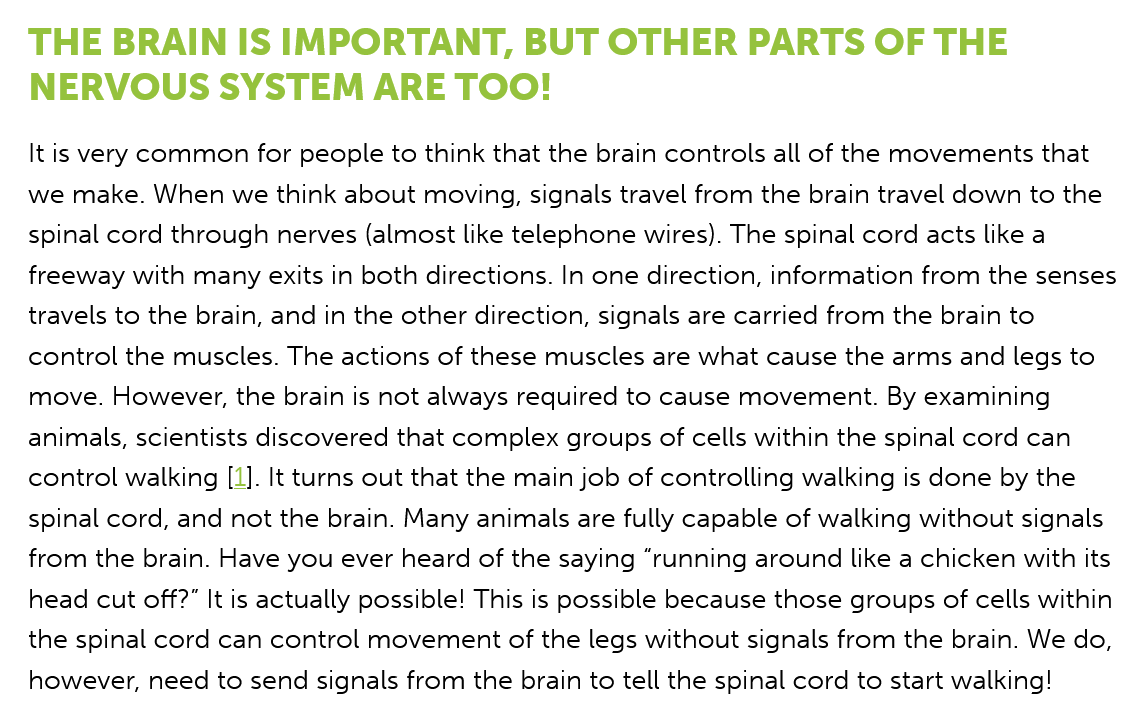
THE   BRAIN    IS IMPORTANT,    BUT   OTHER    PARTS    OF  THE
   NERVOUS    SYSTEM    ARE   TOO!
   It is very common for people to think that the brain controls all of the movements that
   we make. When we think about moving, signals travel from the brain travel down to the
   spinal cord through nerves (almost like telephone wires). The spinal cord acts like a
   freeway with many exits in both directions. In one direction, information from the senses
   travels to the brain, and in the other direction, signals are carried from the brain to
   control the muscles. The actions of these muscles are what cause the arms and legs to
   move. However, the brain is not always required to cause movement. By examining
   animals, scientists discovered that complex groups of cells within the spinal cord can
   control walking [1]. It turns out that the main job of controlling walking is done by the
   spinal cord, and not the brain. Many animals are fully capable of walking without signals
   from the brain. Have you ever heard of the saying “running around like a chicken with its
   head cut off?” It is actually possible! This is possible because those groups of cells within
   the spinal cord can control movement of the legs without signals from the brain. We do,
   however, need to send signals from the brain to tell the spinal cord to start walking!